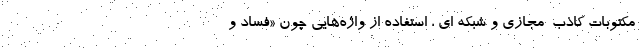
مکتوبات کاذبِ ِ مجازی و شبکه ای ، استفاده از واژه‌هایی چون «فساد و